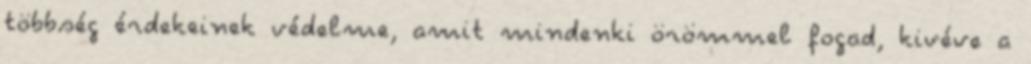
többség érdekeinek védelme, amit mindenki örömmel fogad, kivéve a